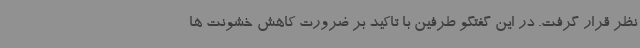
نظر قرار گرفت. در این گفتگو طرفین با تاکید بر ضرورت کاهش خشونت ها